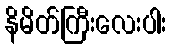
နိမိတ်ကြီးလေးပါး